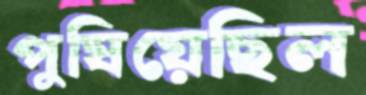
পুষিয়েছিল